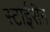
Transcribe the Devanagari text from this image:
स्टाईरीन